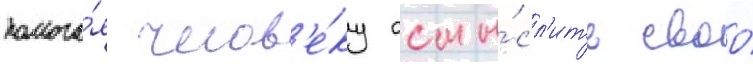
помога́я челов'е́ку осмы́сл'ить своо́